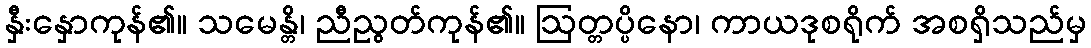
နှီးနှောကုန်၏။ သမေန္တိ၊ ညီညွတ်ကုန်၏။ ဩတ္တပ္ပိနော၊ ကာယဒုစရိုက် အစရှိသည်မှ